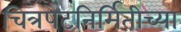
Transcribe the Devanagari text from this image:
चित्रपटनिर्मितीच्या